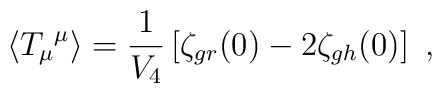
\langle{T_{\mu}}^{\mu}\rangle=\frac{1}{V_{4}}\left[\zeta_{gr}(0)-2\zeta_{gh}(0)\right]\ ,